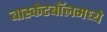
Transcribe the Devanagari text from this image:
बास्केटबॉलमध्ये